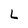
Character: L